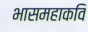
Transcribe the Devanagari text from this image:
भासमहाकवि